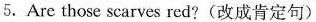
5.Are those scarves red?(改成肯定句)